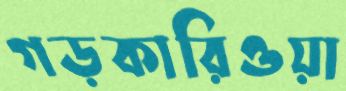
গড়কারিওয়া